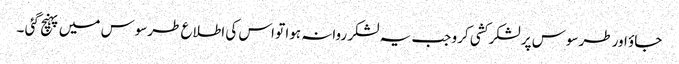
جاؤ اور طرسوس پر لشکر کشی کرو جب یہ لشکر روانہ ہوا تو اس کی اطلاع طرسوس میں پہنچ گئی ۔